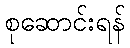
စုဆောင်းရန်